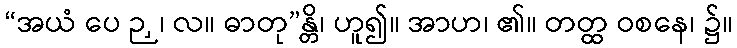
“အယံ ပေ ဉှ၊ လ။ ဓာတု”န္တိ၊ ဟူ၍။ အာဟ၊ ၏။ တတ္ထ ဝစနေ၊ ၌။